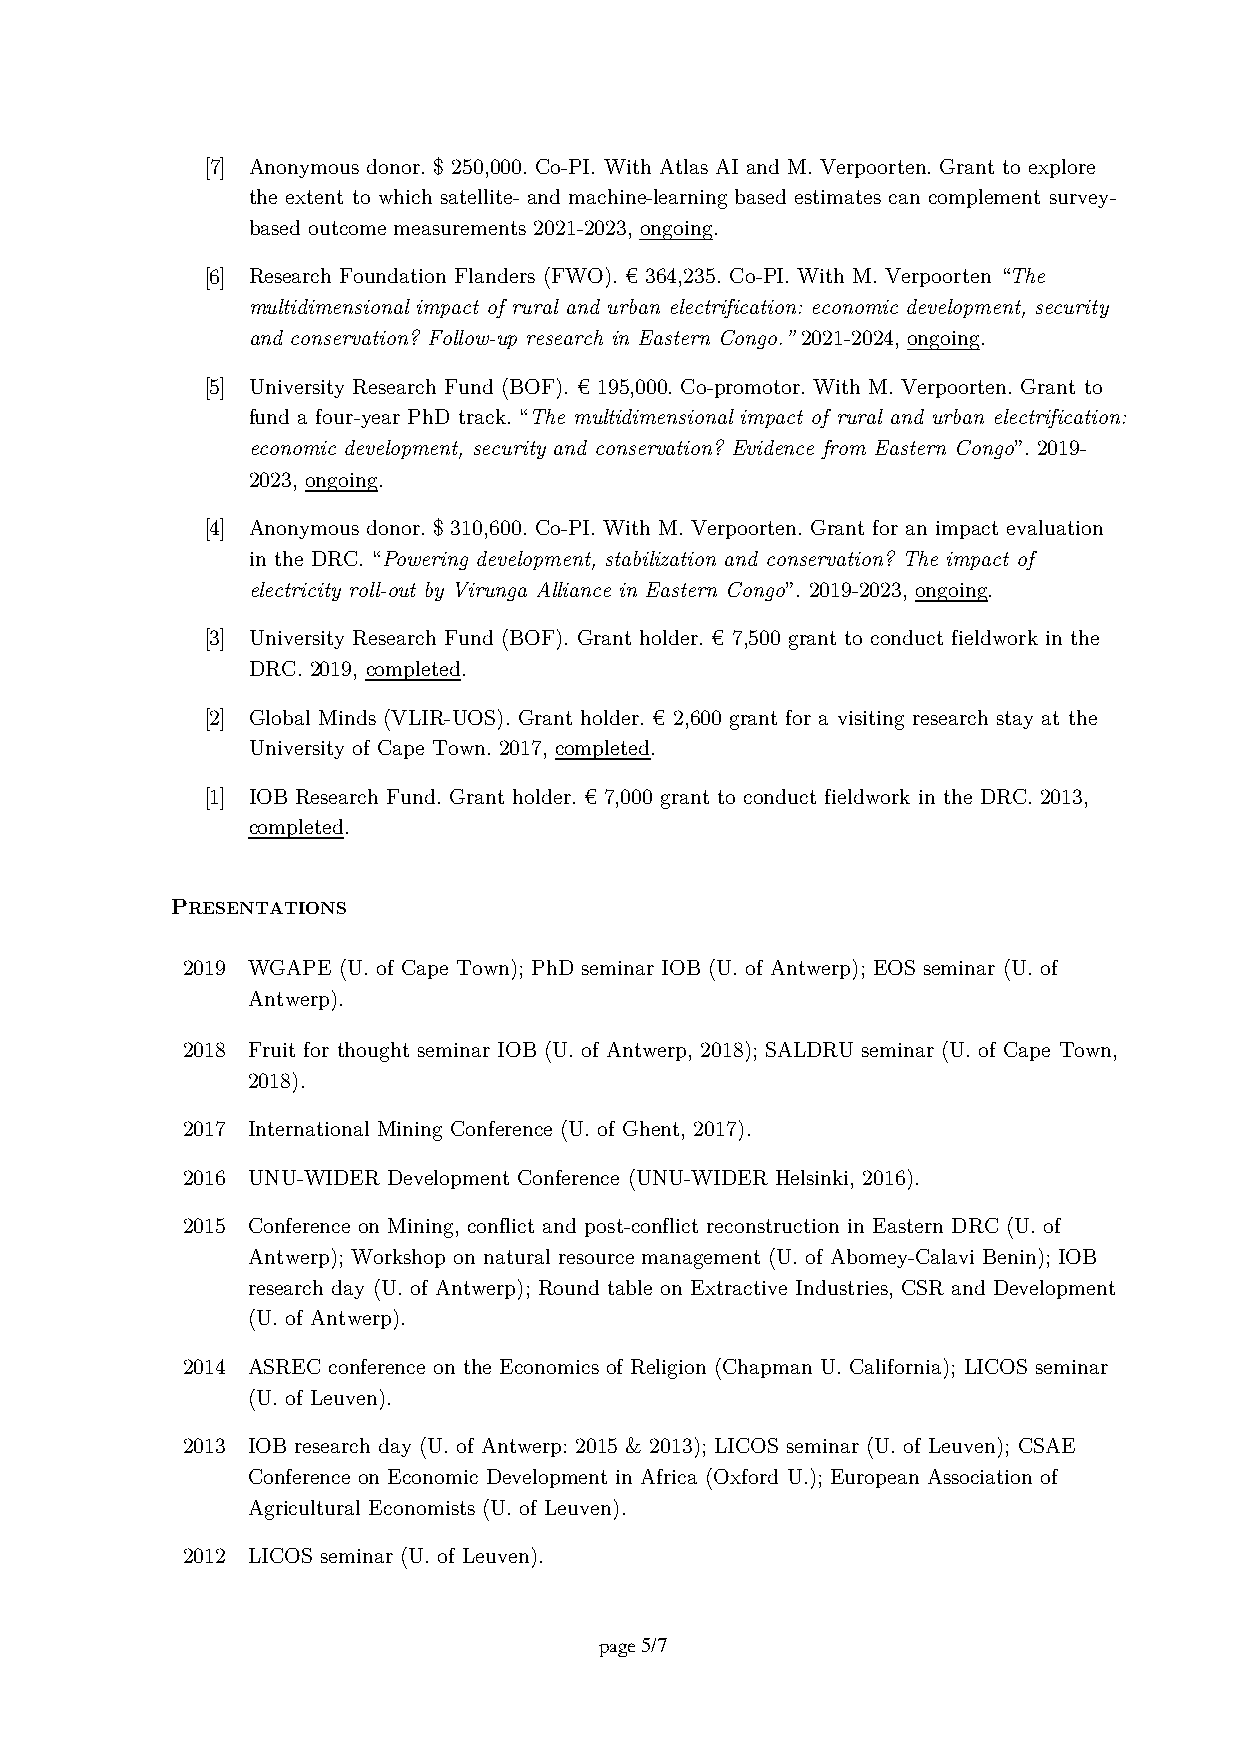
[7] Anonymous donor. $ 250,000. Co-PI. With Atlas AI and M. Verpoorten. Grant to explore
 the extent to which satellite- and machine-learning based estimates can complement survey-
 based outcome measurements 2021-2023, ongoing.
 [6] Research Foundation Flanders (FWO). € 364,235. Co-PI. With M. Verpoorten “The
 multidimensional impact of rural and urban electrification: economic development, security
 and conservation? Follow-up research in Eastern Congo.” 2021-2024, ongoing.
 [5] University Research Fund (BOF). € 195,000. Co-promotor. With M. Verpoorten. Grant to
 fund a four-year PhD track. “The multidimensional impact of rural and urban electrification:
 economic development, security and conservation? Evidence from Eastern Congo”. 2019-
 2023, ongoing.
 [4] Anonymous donor. $ 310,600. Co-PI. With M. Verpoorten. Grant for an impact evaluation
 in the DRC. “Powering development, stabilization and conservation? The impact of
 electricity roll-out by Virunga Alliance in Eastern Congo”. 2019-2023, ongoing.
 [3] University Research Fund (BOF). Grant holder. € 7,500 grant to conduct fieldwork in the
 DRC. 2019, completed.
 [2] Global Minds (VLIR-UOS). Grant holder. € 2,600 grant for a visiting research stay at the
 University of Cape Town. 2017, completed.
 [1] IOB Research Fund. Grant holder. € 7,000 grant to conduct fieldwork in the DRC. 2013,
 completed.
 PRESENTATIONS
 2019 WGAPE (U. of Cape Town); PhD seminar IOB (U. of Antwerp); EOS seminar (U. of
 Antwerp).
 2018 Fruit for thought seminar IOB (U. of Antwerp, 2018); SALDRU seminar (U. of Cape Town,
 2018).
 2017 International Mining Conference (U. of Ghent, 2017).
 2016 UNU-WIDER Development Conference (UNU-WIDER Helsinki, 2016).
 2015 Conference on Mining, conflict and post-conflict reconstruction in Eastern DRC (U. of
 Antwerp); Workshop on natural resource management (U. of Abomey-Calavi Benin); IOB
 research day (U. of Antwerp); Round table on Extractive Industries, CSR and Development
 (U. of Antwerp).
 2014 ASREC conference on the Economics of Religion (Chapman U. California); LICOS seminar
 (U. of Leuven).
 2013 IOB research day (U. of Antwerp: 2015 & 2013); LICOS seminar (U. of Leuven); CSAE
 Conference on Economic Development in Africa (Oxford U.); European Association of
 Agricultural Economists (U. of Leuven).
 2012 LICOS seminar (U. of Leuven).
 page 5/7